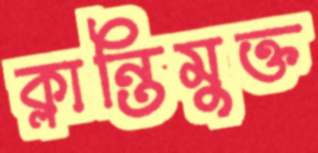
ক্লান্তিমুক্ত